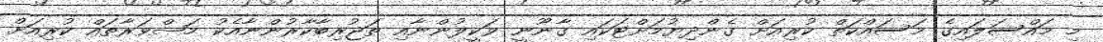
މި މައްސަލައިގެ މަސައްކަތް ކުރިއަށް ގެންދިޔުމަށްޓަކައި ގާނޫނީ ވަކީލުންނާއި ތަޖުރިބާކާރުންނާއެކު މަޝްވަރާތައް ކުރިއަށް